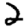
Digit: 2